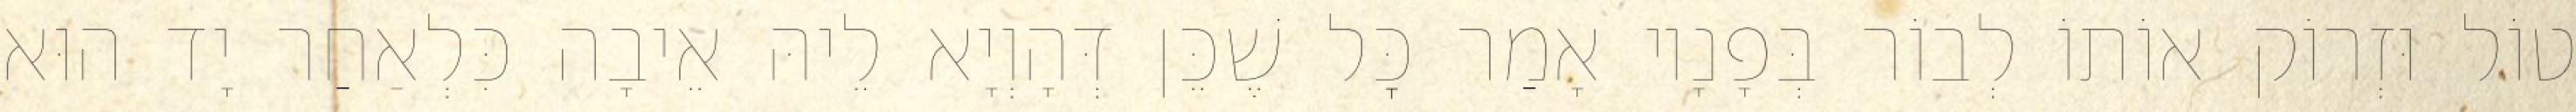
טוֹל וּזְרוֹק אוֹתוֹ לְבוֹר בְּפָנָיו אָמַר כׇּל שֶׁכֵּן דְּהָוְיָא לֵיהּ אֵיבָה כִּלְאַחַר יָד הוּא